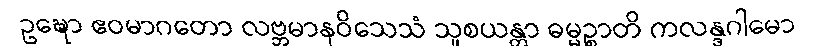
ဥဍ္ဎော ဧဝမာဂတော လဗ္ဘမာနဝိသေသံ သူစယန္တာ ဓမ္မဉ္စာတိ ကလန္ဒဂါမော